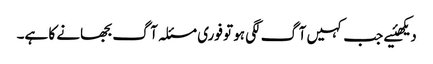
دیکھئیے جب کہیں آگ لگی ہو تو فوری مسئلہ آگ بجھانے کا ہے۔